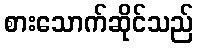
စားသောက်ဆိုင်သည်